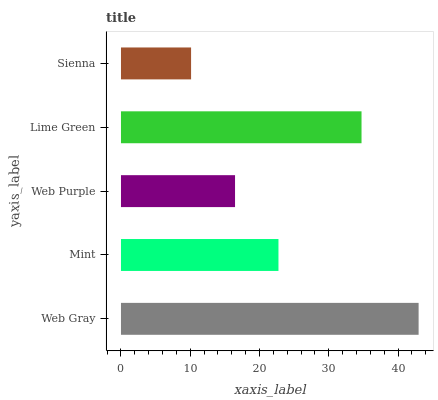
| yaxis_label | bars |
 | --- | --- |
 | Web Gray | 43 |
 | Mint | 22.7 |
 | Web Purple | 16.5 |
 | Lime Green | 34.7 |
 | Sienna | 10.1 |